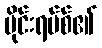
ဗိုင်းရပ်စ်၏